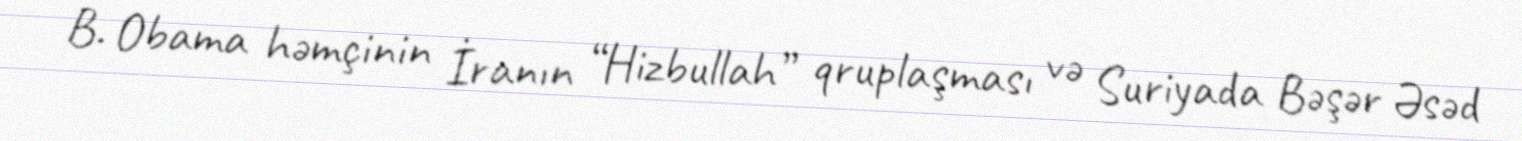
B. Obama həmçinin İranın “Hizbullah” qruplaşması və Suriyada Bəşər Əsəd